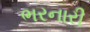
ભરનારી